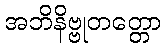
အဘိနိဗ္ဗုတတ္တော